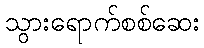
သွားရောက်စစ်ဆေး